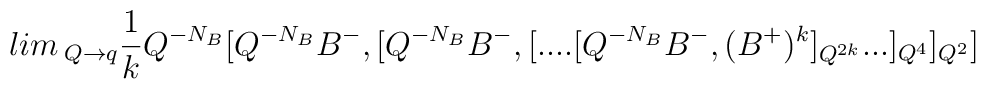
lim\, _{Q\rightarrow q}\frac1kQ^{-N_B}[Q^{-N_B}B^{-},[Q^{-N_B}B^{-},[....[Q^{-N_B}B^{-},(B^{+})^k]_{Q^{2k}}...]_{Q^4}]_{Q^2}]